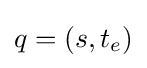
q=(s,t_{e})